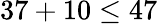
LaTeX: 37+10\leq 47